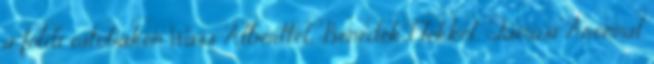
a földi ostobákon Wass Alberttel, Benedek Elekkel, Tamási Áronnal